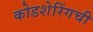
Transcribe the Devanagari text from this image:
कोडशेरिंगची